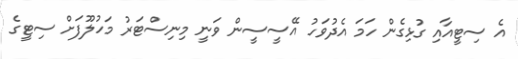
އެ ސިޓީއާއި ގުޅިގެން ހަމަ އެދުވަހު އޭސީސީން ވަނީ މިނިސްޓަރު މަހުލޫފަށް ސިޓީގެ